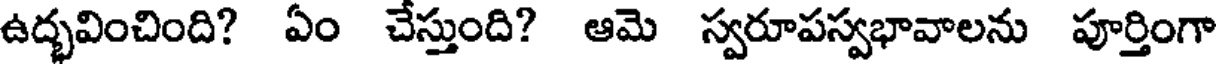
ఉద్భవించింది? ఏం చేస్తుంది? ఆమె స్వరూపస్వభావాలను పూర్తింగా